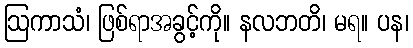
ဩကာသံ၊ ဖြစ်ရာအခွင့်ကို။ နလဘတိ၊ မရ။ ပန၊